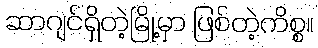
ဆာဂျင်ရှိတဲ့မြို့မှာ ဖြစ်တဲ့ကိစ္စ။